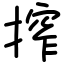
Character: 搾